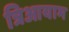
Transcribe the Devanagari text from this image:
त्रिआयाम